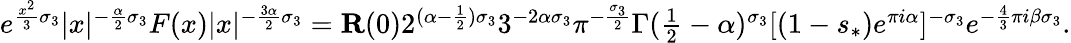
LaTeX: \begin{array}{r}{e^{\frac{x^{2}}{3}\sigma_{3}}|x|^{-\frac{\alpha}{2}\sigma_{3}}F(x)|x|^{-\frac{3\alpha}{2}\sigma_{3}}=\mathbf{R}(0)2^{(\alpha-\frac{1}{2})\sigma_{3}}3^{-2\alpha\sigma_{3}}\pi^{-\frac{\sigma_{3}}{2}}\Gamma(\textstyle\frac{1}{2}-\alpha)^{\sigma_{3}}[(1-s_{*})e^{\pi i\alpha}]^{-\sigma_{3}}e^{-\frac{4}{3}\pi i{\beta}\sigma_{3}}.}\end{array}